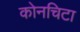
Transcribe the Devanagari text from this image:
कोनचिटा